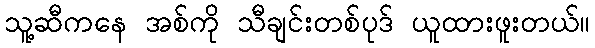
သူ့ဆီကနေ အစ်ကို သီချင်းတစ်ပုဒ် ယူထားဖူးတယ်။